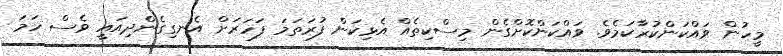
މީހުން ވައްކަންކުރާކަމެވެ. ވައްކަންކޮށްގެން މިސްކިތެއް އެޅިކަން ފުރަތަމަ ފަހަރަށް އެނގިގެންދިއައީ ވެސް ހަމަ